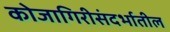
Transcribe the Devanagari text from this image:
कोजागिरीसंदर्भातील